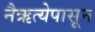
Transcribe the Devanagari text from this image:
नैऋत्येपासून